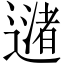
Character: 𬩅